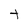
Character: t